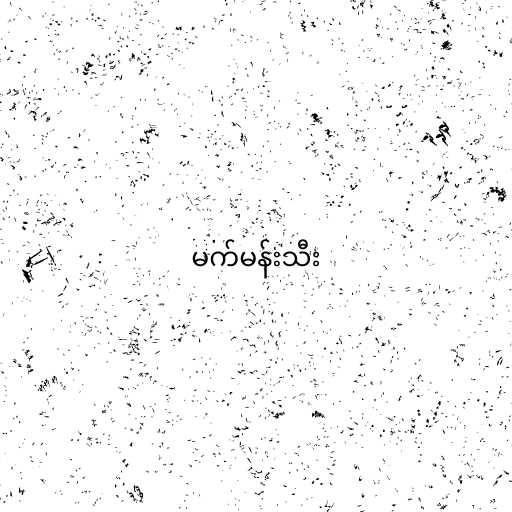
မက်မန်းသီး